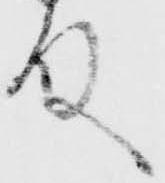
殿